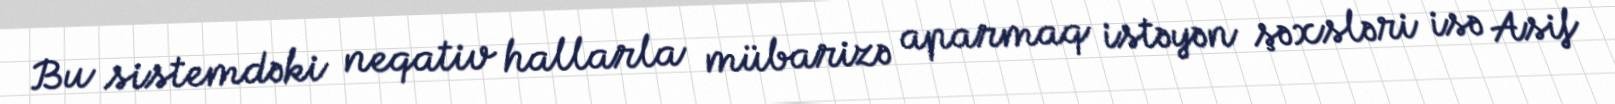
Bu sistemdəki neqativ hallarla mübarizə aparmaq istəyən şəxsləri isə Asif